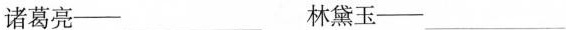
诸葛亮—___ 林黛玉—___